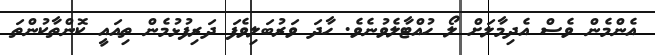
އެންމެން ވެސް އެދިމާލަށް ލޯ ހުއްޓާލެވުނެވެ. ހާދަ ވަރުބަލިވެފަ ދަރިފުޅުމެން ތިއައީ ކޮންތާކުންތަ